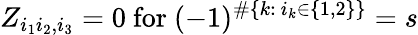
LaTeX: Z_{i_{1}i_{2},i_{3}}=0\mathrm{~for~}(-1)^{\# \{ k:\ i_{k}\in\{ 1,2\} \} }=s